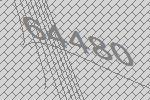
64480